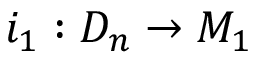
i _ { 1 } : D _ { n } \rightarrow M _ { 1 }